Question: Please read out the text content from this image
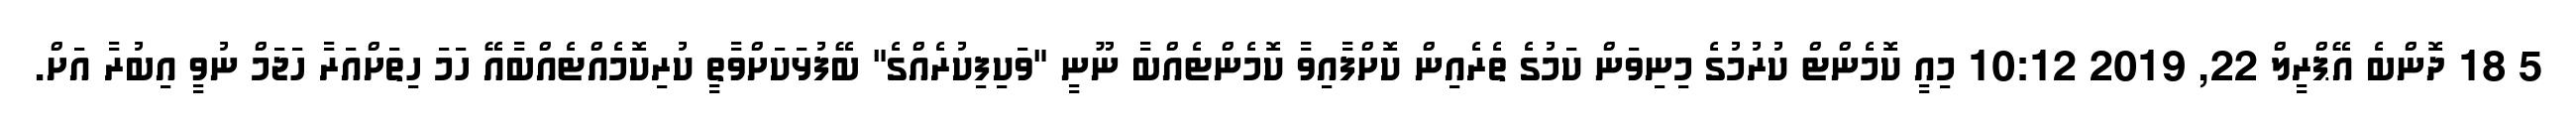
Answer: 5 18 ދޮންބެ އޭޕްރީލް 22, 2019 10:12 މިއީ ކޮމެންޓް ކުރުމުގެ މިނިވަން ކަމުގެ ތެރެއިން ކޮށްފާއިވާ ކޮމެންޓެއްބާ ނޫނީ "ވަކިފިކުރެއްގެ" ބޭފުޅަކަށްވާތީ ކުރިކޮމެއްޓެއްބާއޭ ހަމަ ހިތަށްއަރާ ހަޖަމް ނުވީ އިބުރާ އަށް.